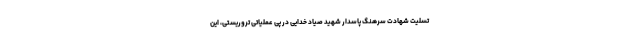
تسلیت شهادت سرهنگ پاسدار شهید صیاد خدایی در پی عملیاتی تروریستی، این